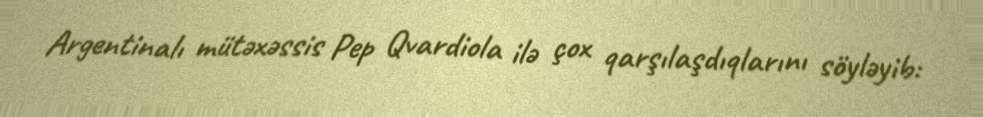
Argentinalı mütəxəssis Pep Qvardiola ilə çox qarşılaşdıqlarını söyləyib: